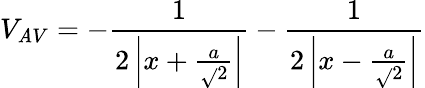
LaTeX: V_{\mathit{A}V}=-{\frac{{1}}{{2\left|x+{\frac{{a}}{{\sqrt{}{{2}}}}}\right|}}}-{\frac{{1}}{{2\left|x-{\frac{{a}}{{\sqrt{}{{2}}}}}\right|}}}